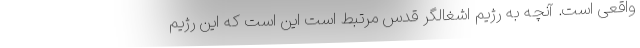
واقعی است. آنچه به رژیم اشغالگر قدس مرتبط است این است که این رژیم